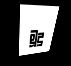
මූදු